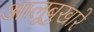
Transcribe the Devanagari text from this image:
आलूबुखारे